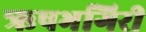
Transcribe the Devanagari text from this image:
ऋषभगिरी